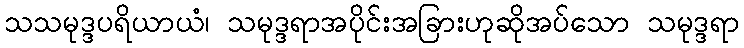
သသမုဒ္ဒပရိယာယံ၊ သမုဒ္ဒရာအပိုင်းအခြားဟုဆိုအပ်သော သမုဒ္ဒရာ